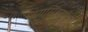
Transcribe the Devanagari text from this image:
जयसिंहसूरि